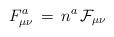
LaTeX: \begin{align*}F^a_{\mu\nu} \, = \, n^a \, \mathcal{F}_{\mu\nu}\end{align*}